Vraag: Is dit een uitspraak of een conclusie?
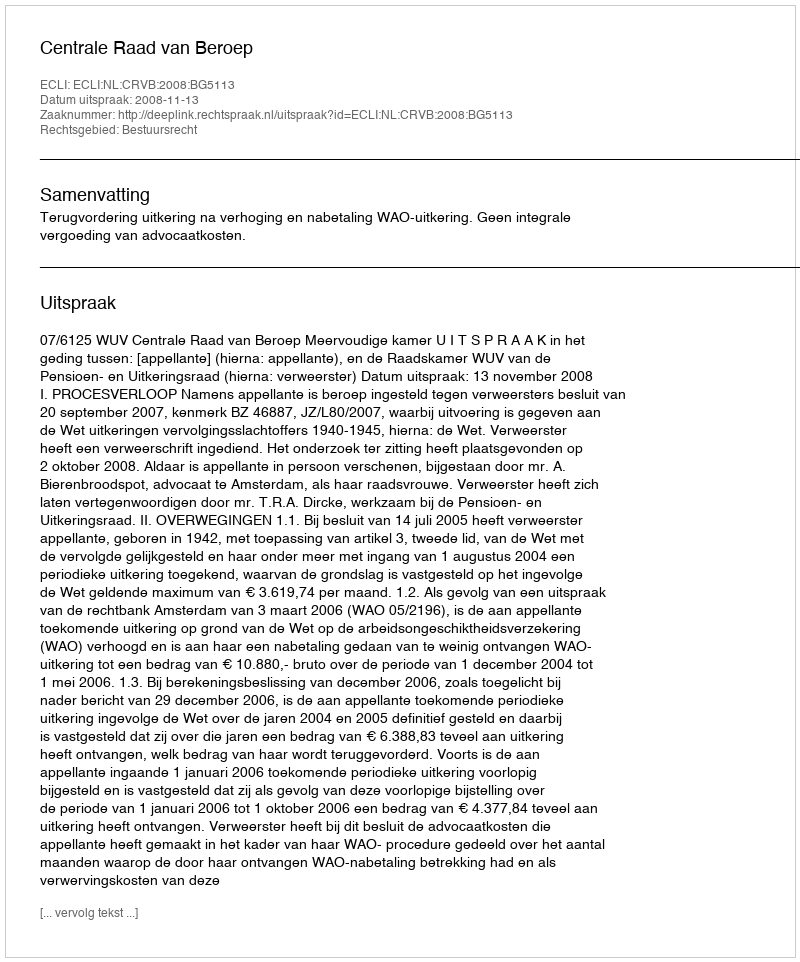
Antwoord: Uitspraak